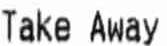
KATE AWAY